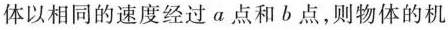
体以相同的速度经过a点和b点，则物体的机